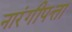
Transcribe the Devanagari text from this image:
नारंगीपत्ता